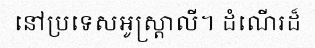
នៅប្រទេសអូស្ត្រាលី។ ដំណើរដ៏